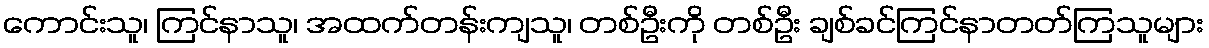
ကောင်းသူ၊ ကြင်နာသူ၊ အထက်တန်းကျသူ၊ တစ်ဦးကို တစ်ဦး ချစ်ခင်ကြင်နာတတ်ကြသူများ